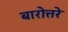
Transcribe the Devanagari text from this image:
बारोत्तरे